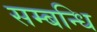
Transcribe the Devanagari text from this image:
सम्‍बन्‍धि